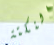
النكتة